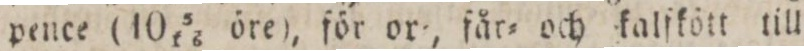
pence (10 5/16 öre), för or=, får= och kalfkött till